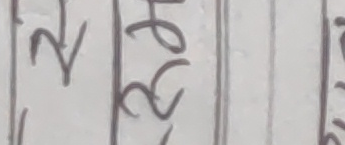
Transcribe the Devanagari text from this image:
२३